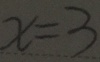
x = 3